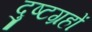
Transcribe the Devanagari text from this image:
दुष्टग्रहों